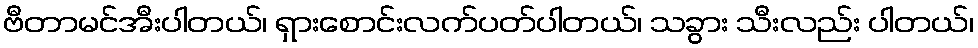
ဗီတာမင်အီးပါတယ်၊ ရှားစောင်းလက်ပတ်ပါတယ်၊ သခွား သီးလည်း ပါတယ်၊